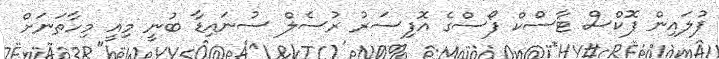
ފުލައިން ފޮކްސް ޓާސްކް ފޯސްގެ އޮފިސަރު ރުސެލް ސުނައިޑާ ބުނީ މިއީ މިހާތަނަށް